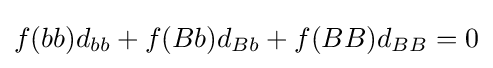
f(bb)d_{bb}+f(Bb)d_{Bb}+f(BB)d_{BB}=0